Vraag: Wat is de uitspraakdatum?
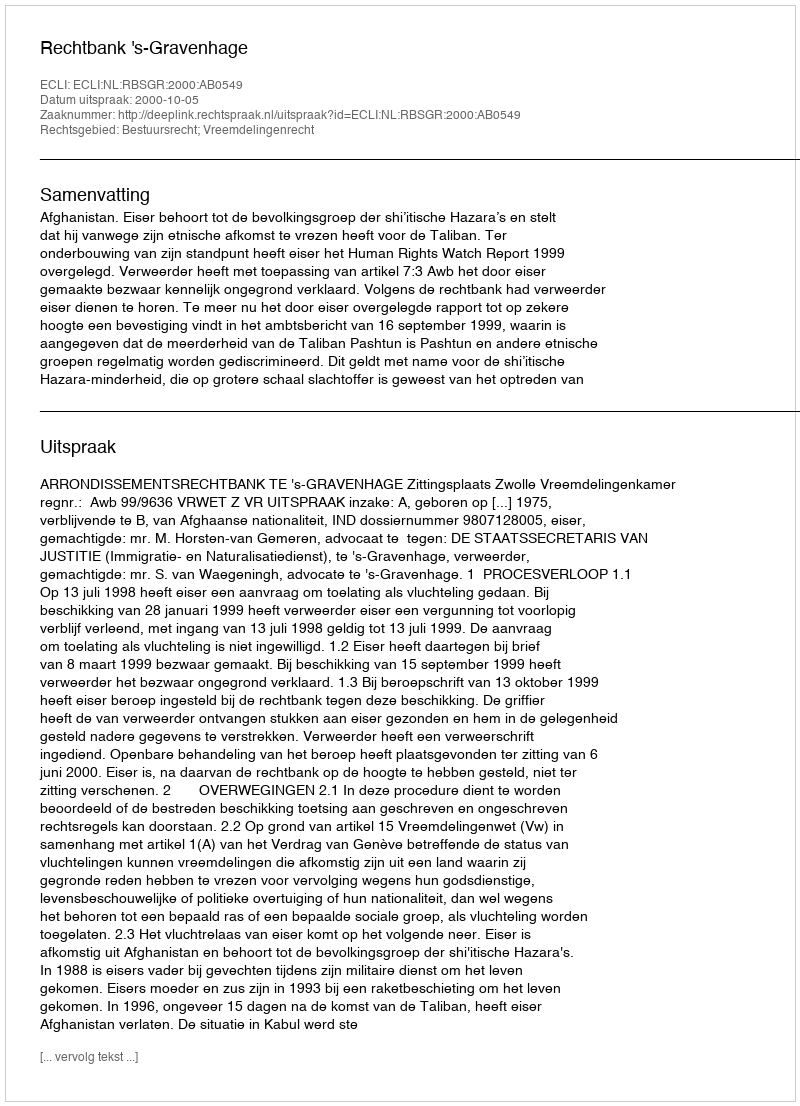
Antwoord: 2000-10-05